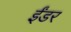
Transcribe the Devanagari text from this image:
ईंडर